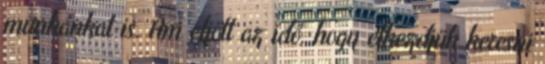
munkánkat is. Ám eljött az idő, hogy elkezdjük keresni